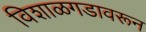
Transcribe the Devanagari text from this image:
विशाळगडावरून